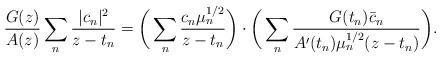
LaTeX: \begin{align*}\frac{G(z)}{A(z)} \sum_n \frac{|c_n|^2}{z-t_n} = \bigg(\sum_n \frac{c_n\mu_n^{1/2}}{z-t_n}\bigg) \cdot\bigg(\sum_n \frac{G(t_n) \bar c_n}{A'(t_n)\mu_n^{1/2} (z-t_n)}\bigg).\end{align*}